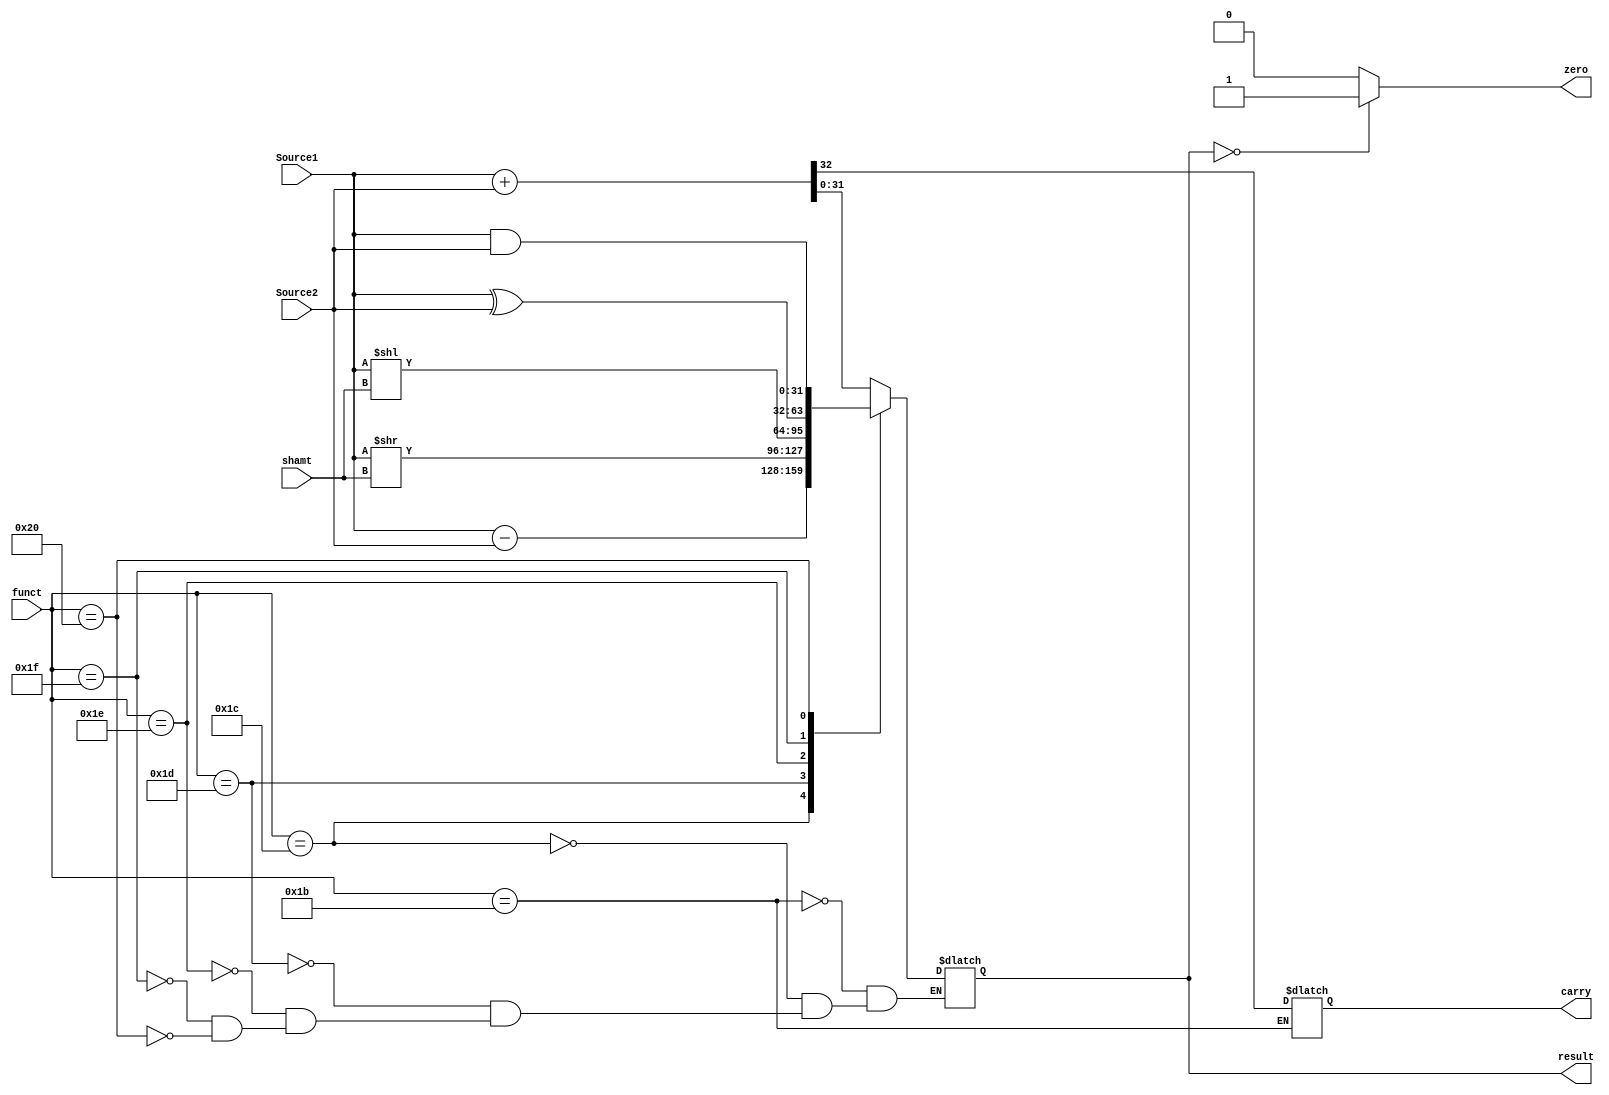
module ALU(
	input [31:0] Source1, //Register1 input
	input [31:0] Source2, //Register2 input
	input [5:0] funct, //R type function code
	input [4:0] shamt, //Shift amount
	output reg [31:0] result=32'd0, //Result output
	output zero,	//Zero flag
	output reg carry=0 //Carry flag
	);

	assign zero=(result==0)?1:0;//If the result is zero,the zero flag is 1

	always@(Source1 or Source2 or funct or shamt)begin
		case(funct[5:0])//Identify function code
			6'd27: {carry,result}<=Source1+Source2;//Function ADD
			6'd28: result<=Source1-Source2;//Function SUB
			6'd29: result<=Source1>>shamt;//Function SRL
			6'd30: result<=Source1<<shamt;//Function SLL
			6'd31: result<=Source1^Source2;//Function XOR
			6'd32: result<=Source1&Source2;//Function AND
			default: result<=result;//If function code no match,maintain the result 
		endcase
	end
endmodule